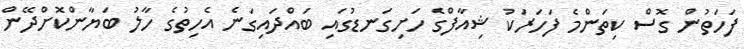
ފަހަތުން ގޮސް ކިތަންމެ ފަހަރަކު ޝިއާފްގެ ހަށިގަނޑުގައި ބައްދައިގަނެ އެހިތުގެ ހާލު ބަޔާންކޮށްދޭން